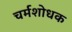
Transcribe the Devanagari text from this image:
चर्मशोधक